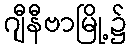
ဂျီနီဗာမြို့၌